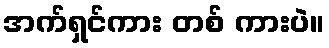
အက်ရှင်ကား တစ် ကားပဲ။